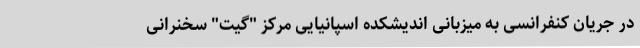
در جریان کنفرانسی به میزبانی اندیشکده اسپانیایی مرکز "گیت" سخنرانی